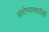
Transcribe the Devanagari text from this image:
आरोग्यासाठीही